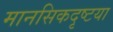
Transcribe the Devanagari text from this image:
मानसिकदृष्टया